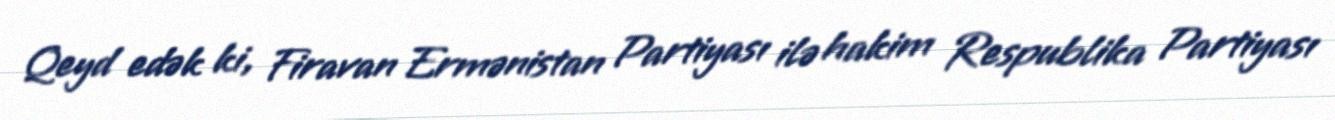
Qeyd edək ki, Firavan Ermənistan Partiyası ilə hakim Respublika Partiyası